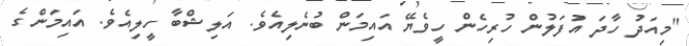
"މިއަދު ހާދަ އުފަލުން ހުރިހެން ހީވެޔޭ އައިމަން ބުނެލިއެވެ. އަލިޝްބާ ހީލިއެވެ. އައިމަންގެ